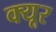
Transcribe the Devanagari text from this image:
क्यूर